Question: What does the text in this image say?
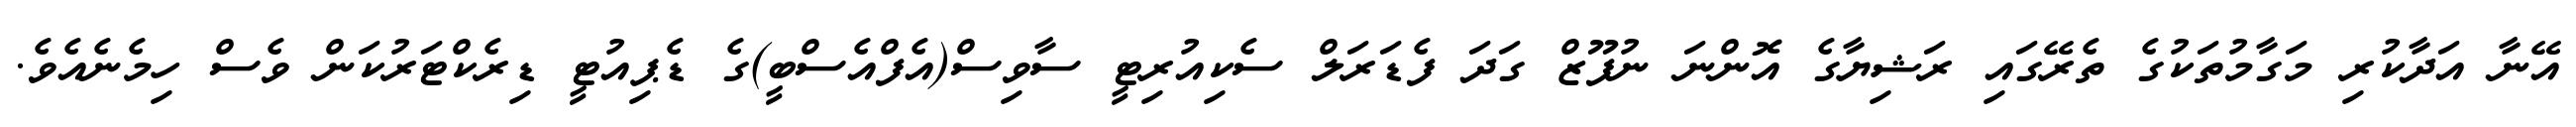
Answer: އޭނާ އަދާކުރި މަގާމުތަކުގެ ތެރޭގައި ރަޝިޔާގެ އޮންނަ ނުފޫޒް ގަދަ ފެޑަރަލް ސެކިއުރިޓީ ސާވިސް(އެފްއެސްބީ)ގެ ޑެޕިއުޓީ ޑިރެކްޓަރުކަން ވެސް ހިމެނެއެވެ.